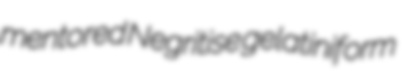
mentored Negritise gelatiniform